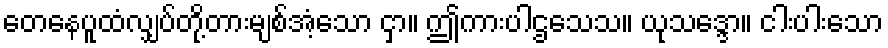
တေနေပူထံလျှပ်တို့တားမျစ်အံ့သော ငှာ။ ဤကားပါဌသေသ။ ယုသဒ္ဒော။ ငါးပါးသော